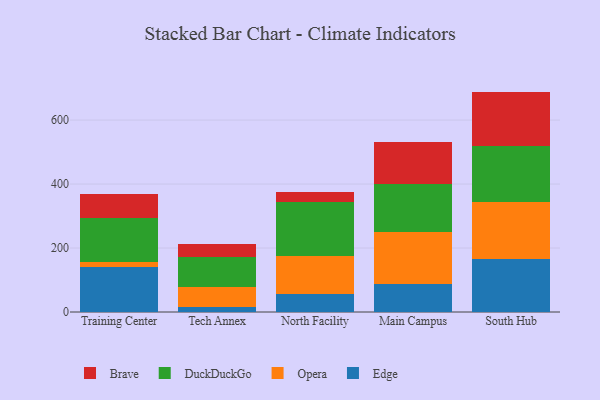
{"axis": {"x": "Campus", "y": "LTV (USD)"}, "legend": ["Brave", "DuckDuckGo", "Edge", "Opera"], "data": [{"x": "Training Center", "y": 140.8, "type": "Edge"}, {"x": "Training Center", "y": 14.1, "type": "Opera"}, {"x": "Training Center", "y": 138.1, "type": "DuckDuckGo"}, {"x": "Training Center", "y": 76.3, "type": "Brave"}, {"x": "Tech Annex", "y": 15.9, "type": "Edge"}, {"x": "Tech Annex", "y": 61.0, "type": "Opera"}, {"x": "Tech Annex", "y": 95.7, "type": "DuckDuckGo"}, {"x": "Tech Annex", "y": 40.7, "type": "Brave"}, {"x": "North Facility", "y": 57.6, "type": "Edge"}, {"x": "North Facility", "y": 118.3, "type": "Opera"}, {"x": "North Facility", "y": 167.2, "type": "DuckDuckGo"}, {"x": "North Facility", "y": 32.2, "type": "Brave"}, {"x": "Main Campus", "y": 87.1, "type": "Edge"}, {"x": "Main Campus", "y": 161.9, "type": "Opera"}, {"x": "Main Campus", "y": 150.9, "type": "DuckDuckGo"}, {"x": "Main Campus", "y": 131.2, "type": "Brave"}, {"x": "South Hub", "y": 165.6, "type": "Edge"}, {"x": "South Hub", "y": 177.1, "type": "Opera"}, {"x": "South Hub", "y": 177.6, "type": "DuckDuckGo"}, {"x": "South Hub", "y": 168.7, "type": "Brave"}]}